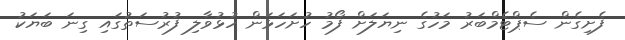
ފެށިގެން ސެޕްޓެމްބަރު މަހުގެ ނިޔަލަށް ފޯމު ހުށަހަޅަން ހުޅުވާލި ފުރުސަތުގައި ގިނަ ބަޔަކު